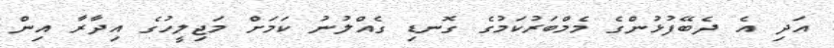
އަދި އެ ދެބޭފުޅުންގެ މެމްބަރުކަމުގެ ގޮނޑި ގެއްލުނު ކަމަށް މަޖިލީހުގެ އިދާރާ އިން